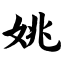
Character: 姚